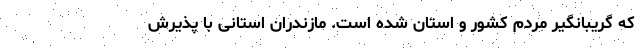
که گریبانگیر مردم کشور و استان شده است. مازندران استانی با پذیرش